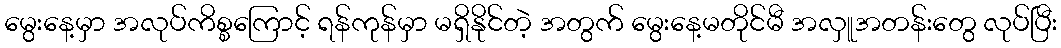
မွေးနေ့မှာ အလုပ်ကိစ္စကြောင့် ရန်ကုန်မှာ မရှိနိုင်တဲ့ အတွက် မွေးနေ့မတိုင်မီ အလှူအတန်းတွေ လုပ်ပြီး